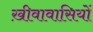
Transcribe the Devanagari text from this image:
ख़ीवावासियों